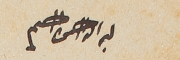
بسم الله الرحمن الرحيم